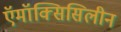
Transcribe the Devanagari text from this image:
ऍमॉक्सिसिलीन